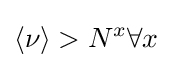
\langle \nu \rangle >N^{x}\forall x